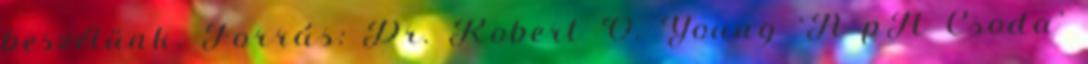
beszélünk. Forrás: Dr. Robert O. Young ‘A pH Csoda’